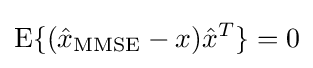
\operatorname {E} \{({\hat {x}}_{\operatorname {MMSE} }-x){\hat {x}}^{T}\}=0